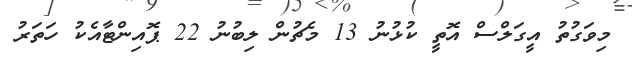
މިވަގުތު އީގަލްސް އޮތީ ކުޅުނު 13 މެޗުން ލިބުނު 22 ޕޮއިންޓާއެކު ހަތަރު